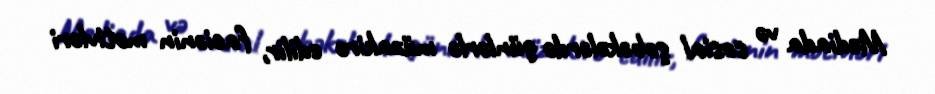
Mediada və sosial şəbəkələrdə günlərlə müzakirə edilir, faciənin motivləri